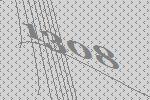
1308